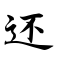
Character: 还